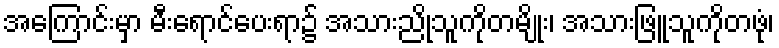
အကြောင်းမှာ မီးရောင်ပေးရာ၌ အသားညိုသူကိုတမျိုး၊ အသားဖြူသူကိုတဖုံ၊